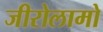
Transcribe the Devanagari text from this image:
जीरोलामो